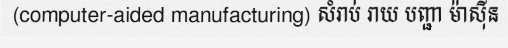
(computer-aided manufacturing) សំរាប់ រាយ បញ្ជា ម៉ាស៊ីន